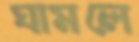
ঘামলে